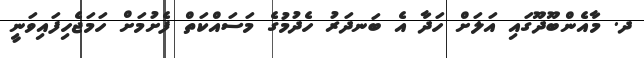
ދ. މާއެންބޫދޫގައި އަލަށް ހަދާ އެ ބަނދަރު ހެދުމުގެ މަސައްކަތް ފެށުމަށް ހަމަޖެހިފައިވަނީ